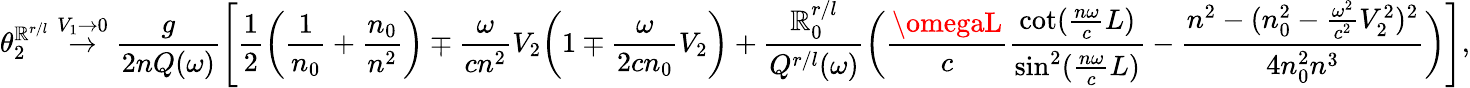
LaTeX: \theta_{2}^{\mathbb{R}^{r/l}}\stackrel{V_{1}\rightarrow0}{\rightarrow}\frac{{g}}{{2nQ(\omega)}}\left[\frac{{1}}{{2}}\bigg(\frac{{1}}{{n_{0}}}+\frac{{n_{0}}}{{n^{2}}}\bigg)\mp\frac{{\omega}}{{cn^{2}}}V_{2}\bigg(1\mp\frac{{\omega}}{{2cn_{0}}}V_{2}\bigg)+\frac{{\mathbb{R}_{0}^{r/l}}}{{Q^{r/l}(\omega)}}\bigg(\frac{{\omegaL}}{{c}}\frac{{\cot(\frac{{n\omega}}{{c}}L)}}{{\sin^{2}(\frac{{n\omega}}{{c}}L)}}-\frac{{n^{2}-(n_{0}^{2}-\frac{{\omega^{2}}}{{c^{2}}}V_{2}^{2})^{2}}}{{4n_{0}^{2}n^{3}}}\bigg)\right],